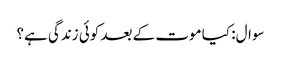
سوال: کیا موت کے بعد کوئی زندگی ہے؟